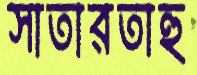
সাতারতাহু